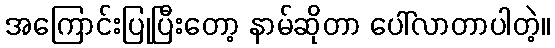
အကြောင်းပြုပြီးတော့ နာမ်ဆိုတာ ပေါ်လာတာပါတဲ့။